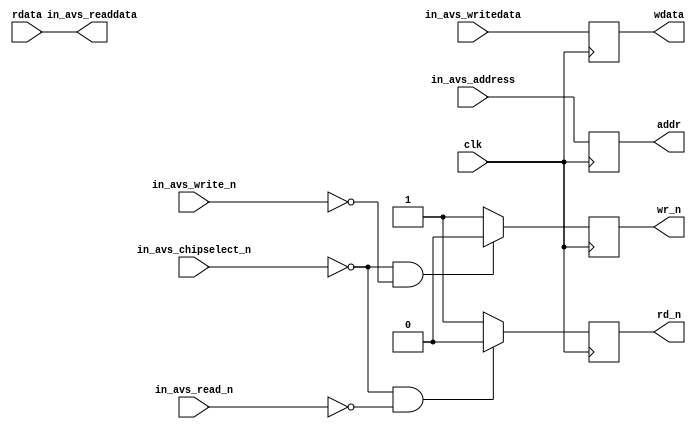
module avalon_slave_exram
(
	input  clk,
	input  in_avs_chipselect_n,
	input  in_avs_write_n,
	input  in_avs_read_n,
	input  [15:0] in_avs_address,
	input  [7:0] in_avs_writedata,
	output [7:0] in_avs_readdata,
	
	output  reg wr_n,
	output  reg rd_n,
	output  reg [15:0] addr,
	output  reg [7:0] wdata,
	input  [7:0] rdata
);

always @(posedge clk)
	if((in_avs_chipselect_n==1'd0) && (in_avs_write_n==1'd0))
		wr_n<=1'd0;
	else
		wr_n<=1'd1;
		
always @(posedge clk)
	if((in_avs_chipselect_n==1'd0) && (in_avs_read_n==1'd0))
		rd_n<=1'd0;
	else
		rd_n<=1'd1;
		
always @(posedge clk)
	addr<=in_avs_address;
	
always @(posedge clk)
	wdata<=in_avs_writedata;


assign	in_avs_readdata=rdata;
	
endmodule